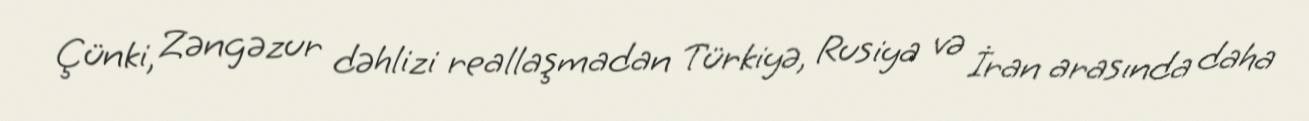
Çünki, Zəngəzur dəhlizi reallaşmadan Türkiyə, Rusiya və İran arasında daha